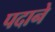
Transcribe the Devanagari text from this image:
पदाने